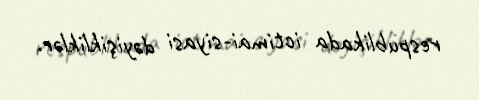
respublikada ictimai-siyasi dəyişikliklər.